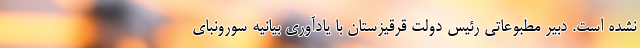
نشده است. دبیر مطبوعاتی رئیس دولت قرقیزستان با یادآوری بیانیه سورونبای